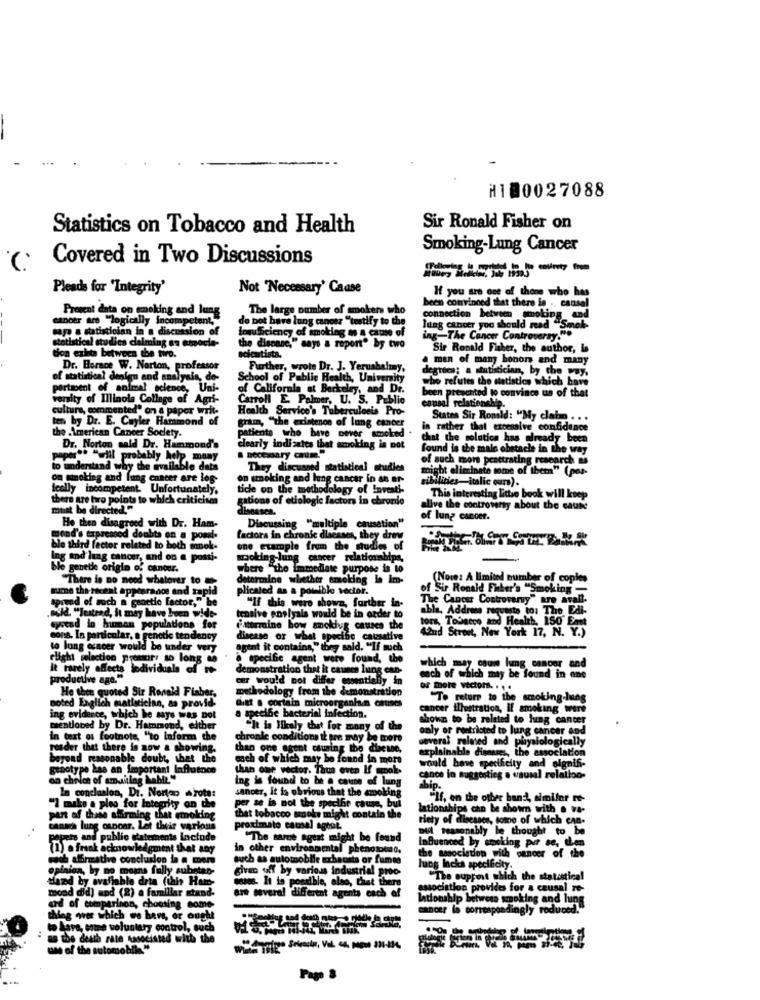
H180027088
Statistics on Tobacco and Health
Sir Ronald Fisher on
Smoking-Lung Cancer
Covered in Two Discussions
Pleads for 'Integrity'
Not "Necessary' Caase
If you are one of those who has
Present data on enoking and lung
The large number of smokers who
been convinced that there in .. causel
cancer are "logically incompetent,
do not have lung cancer " testify to the
connection between smoking and
sape + statistician in a discussion of
Insufficiency of smoking as a cause of
lung cancer you should read "Smok-
statistical studies claiming an comocia-
the disease," say
ing-The Cancer Controversy.
ane,"says & report" by two
Sir Ronald Fisher, the author, La
tion exits between the two.
scientista.
a man of many honor and many
Dr. Horace W. Norton, professor
Further, wrote Dr. J. Yerushaliny,
degrees; a statistician, by the way,
of statistical denign and analysis, do-
School of Public Health, University
who refutes the statistics which have
portasent of animal eo
animal science, Uni-
of California st Berkeley, and Dr.
been presented to convince us of that
versity of Illinois College of Agri-
Carroll E Palmer, U. S. Publio
causal relationship.
culture, commented" on a paper writ-
Health Service's Tuberculosis Pro-
ten by Dr. E. Cuyler Hammond of
gram, "the existence of lung cancer
States Sir Ronald: "My claim ...
the American Cancer Society.
patients who have never smoked
in rather that excessive confidence
Chat the solution has already been
Dr. Norton mald Dr. Hammond's
clearly indicates that smoking is not
necessary cause."
found is the mais obstacle in the way
paper"" "will probably help many
of such more penetrating research as
to understand why the available data
They discussed statistical studies
might eliminato some of them" (por-
on smoking and lung cancer are log-
on smoking and lung cancer in an er-
sibilities-italic ours).
Ically incompetent. Unfortunately,
ticle on the methodology of Investi-
there are hro points to which criticism
gations of etiologic factors in chronio
creating littse book will knep
must be directed."
diseases.
alive the controversy about the cause
of lung cancer.
He then cioagreed with Dr. Ham-
Discussing "multiple causation"
mond's trpremed doubts on a poard-
factors in chronic dlacases, they drew
ble third factor related to both smek.
one example from the studies of
ing and lung cancer, and on a pos
mocking-lung cancer relationships,
ble genetie origin of cancer.
where "the immediate purpose is to
"There is no need whatover to
determine whether smoking
Note: A limited number of copies
sume the recent appearance and rapid
plicated as a powible vector.
of Sir Ronald Fiber's "Smoking-
spread of such a genetic factor," he
The Cancer Controversy" are avall.
.Bild. "Instead, it may have been wide-
"If dig were shown, farther in-
able, Address requests to: The Edi-
tensive enelyals would be in order to
syvcad in human populations for
imtermine bow amokjug causes the
tors, Tobacco and Health, 150 Emnt
Word Street, New York 17, N. Y.)
cons. In particular, a genetic tendency
disease or what specthe catsative
to lung cancer would be under very
agent it contains," d
a4," they said. "If much
Flight selection promory so long as
specific agent were found, the
It rarely affects individuals of ro
demonstration that it causes lung can-
which may cauw lung cancer and
productive age."
cer would not differ essentially in
ach of which may be found in ane
Ho then quoted Sir Ronald Fisher,
methodology from the demonstration
or more vectors. . . .
noted Englich statistician, as provid-
"To return to the smoking-lung
Gitt . cortain microorganhun causes
a specibe bacterial infection.
cancer illustration, If smoking were
ing evidence, which he says was not
shown to be related to lung cancer
mentioned by Dr. Hammond, e
"It is likely that for many of the
aly of restricted
otricted to lung cancer and
in text os footnote, "to inform the
chronic conditions ik are may be more
several roleted and physiologically
rosder that there in now a showing.
than one agent causing the dineune,
explainable diseases, the association
beyond reasonable doubt, shet the
each of which may be found in more
genotype has an Important Influence
than one vector. Thus even If wook-
would have specificity and signifi-
on choice of amailing
ing is found to be a cause of lung
cance in suggesting e wausal relalloo-
In conclusion, Di. Nortoo wrote:
sancer, It la obvious that the smoking
hip.
"If, on the other hand, similar re-
"I make a plea for Integrity on the
per se is not the specthe cause, bul
lationships can be shown with . va-
part of thise affirming that smoking
Car might contain the
tiety of diseases, some of which can-
canach lung cancer. Let their various
proximato causal agoat.
sul teasonably le thought to be
pepeto and public statements include
ne aguat might be found
(1) . frank acknowledgment that any
(1). frank a
in other environmental phenomto.
the association with pancer of the
Influenced by cocking por se, den
wach affirmative conclusion i @ mere
such as automobile exhaust
hausta or fumme
opinion, by no means fully substan-
Civan af by various industrial proo-
lung Incks specificity.
thad by avaliable drta (this Ham-
wo It is possible, also, that there
"The support which the statistical
mood did) and (2) a familiar stand-
association provides for a causal re-
are several different agents each of
lationship between smoking and ling
ard of comparinon, choosing come
cancer is correspondingly reduced.
thing wer which we hans, or ought
:
to Lare, some voluntary control, such
as the death rate nasocisted with the